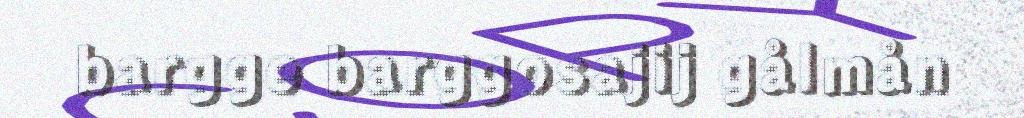
bargge barggosajij gålmån